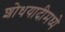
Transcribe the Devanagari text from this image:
शोधयादीमध्ये